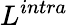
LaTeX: L^{intra}